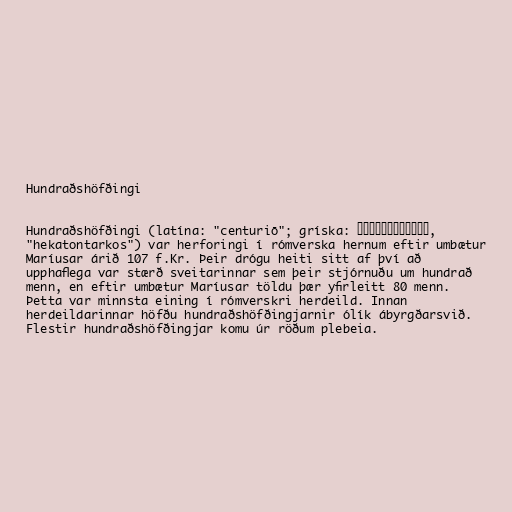
Hundraðshöfðingi

Hundraðshöfðingi (latína: "centuriō"; gríska: εκατόνταρχος,
"hekatontarkos") var herforingi í rómverska hernum eftir umbætur
Maríusar árið 107 f.Kr. Þeir drógu heiti sitt af því að
upphaflega var stærð sveitarinnar sem þeir stjórnuðu um hundrað
menn, en eftir umbætur Maríusar töldu þær yfirleitt 80 menn.
Þetta var minnsta eining í rómverskri herdeild. Innan
herdeildarinnar höfðu hundraðshöfðingjarnir ólík ábyrgðarsvið.
Flestir hundraðshöfðingjar komu úr röðum plebeia.